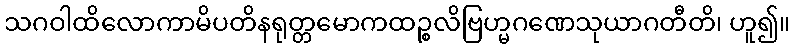
သဂဝါထိလောကာမိပတိနရုတ္တမောကထဉ္စလိဗြဟ္မဂဏေသုယာဂတီတိ၊ ဟူ၍။